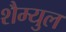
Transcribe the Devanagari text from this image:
शैम्युल